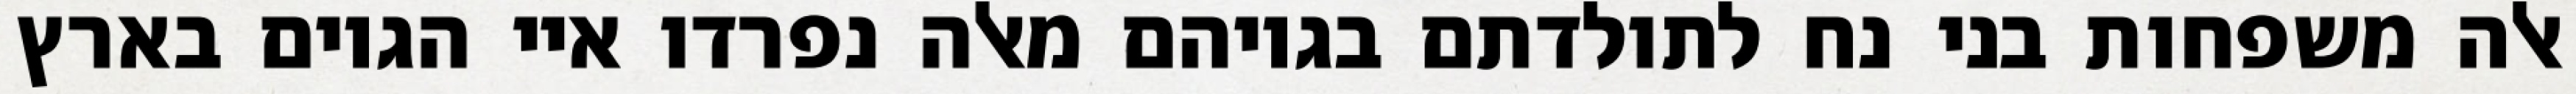
אלה משפחות בני נח לתולדתם בגויהם מאלה נפרדו איי הגוים בארץ